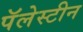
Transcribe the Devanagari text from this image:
पॅलेस्टीन